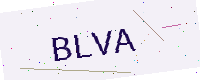
Text: BLVA